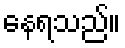
နေရသည်။